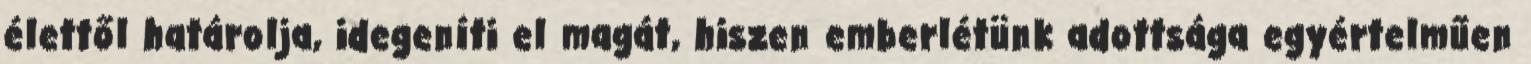
élettől határolja, idegeníti el magát, hiszen emberlétünk adottsága egyértelműen